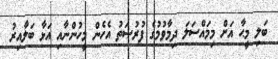
ބަލި މީޙާ އަށް މިމައްސަލަ ދިމާވުމުގެ ފުރުޞަތު އެހެން މީހުންނާއި އަޅާ ބަލާއިރު